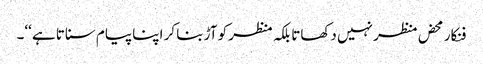
فنکار محض منظر نہیں دکھاتا بلکہ منظر کو آڑ بنا کر اپنا پیام سناتا ہے ‘‘۔